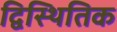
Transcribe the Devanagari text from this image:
द्विस्थितिक